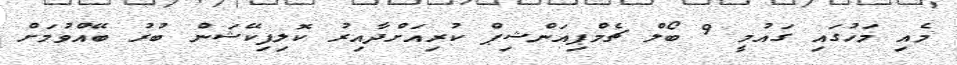
މެއި މަހުގައި ގައުމީ 9 ބޯލް ޗެމްޕިއަންޝިޕް ކުރިއަށްދާއިރު ކޮލިފިކޭޝަން ބުރު ބޭއްވުމަށް